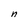
Character: n